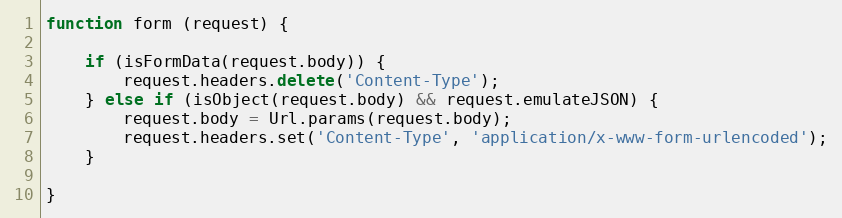
Language: JavaScript
function form (request) {

    if (isFormData(request.body)) {
        request.headers.delete('Content-Type');
    } else if (isObject(request.body) && request.emulateJSON) {
        request.body = Url.params(request.body);
        request.headers.set('Content-Type', 'application/x-www-form-urlencoded');
    }

}